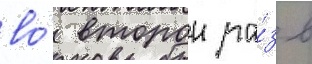
во́ второи ра́з в